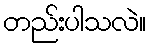
တည်းပါသလဲ။